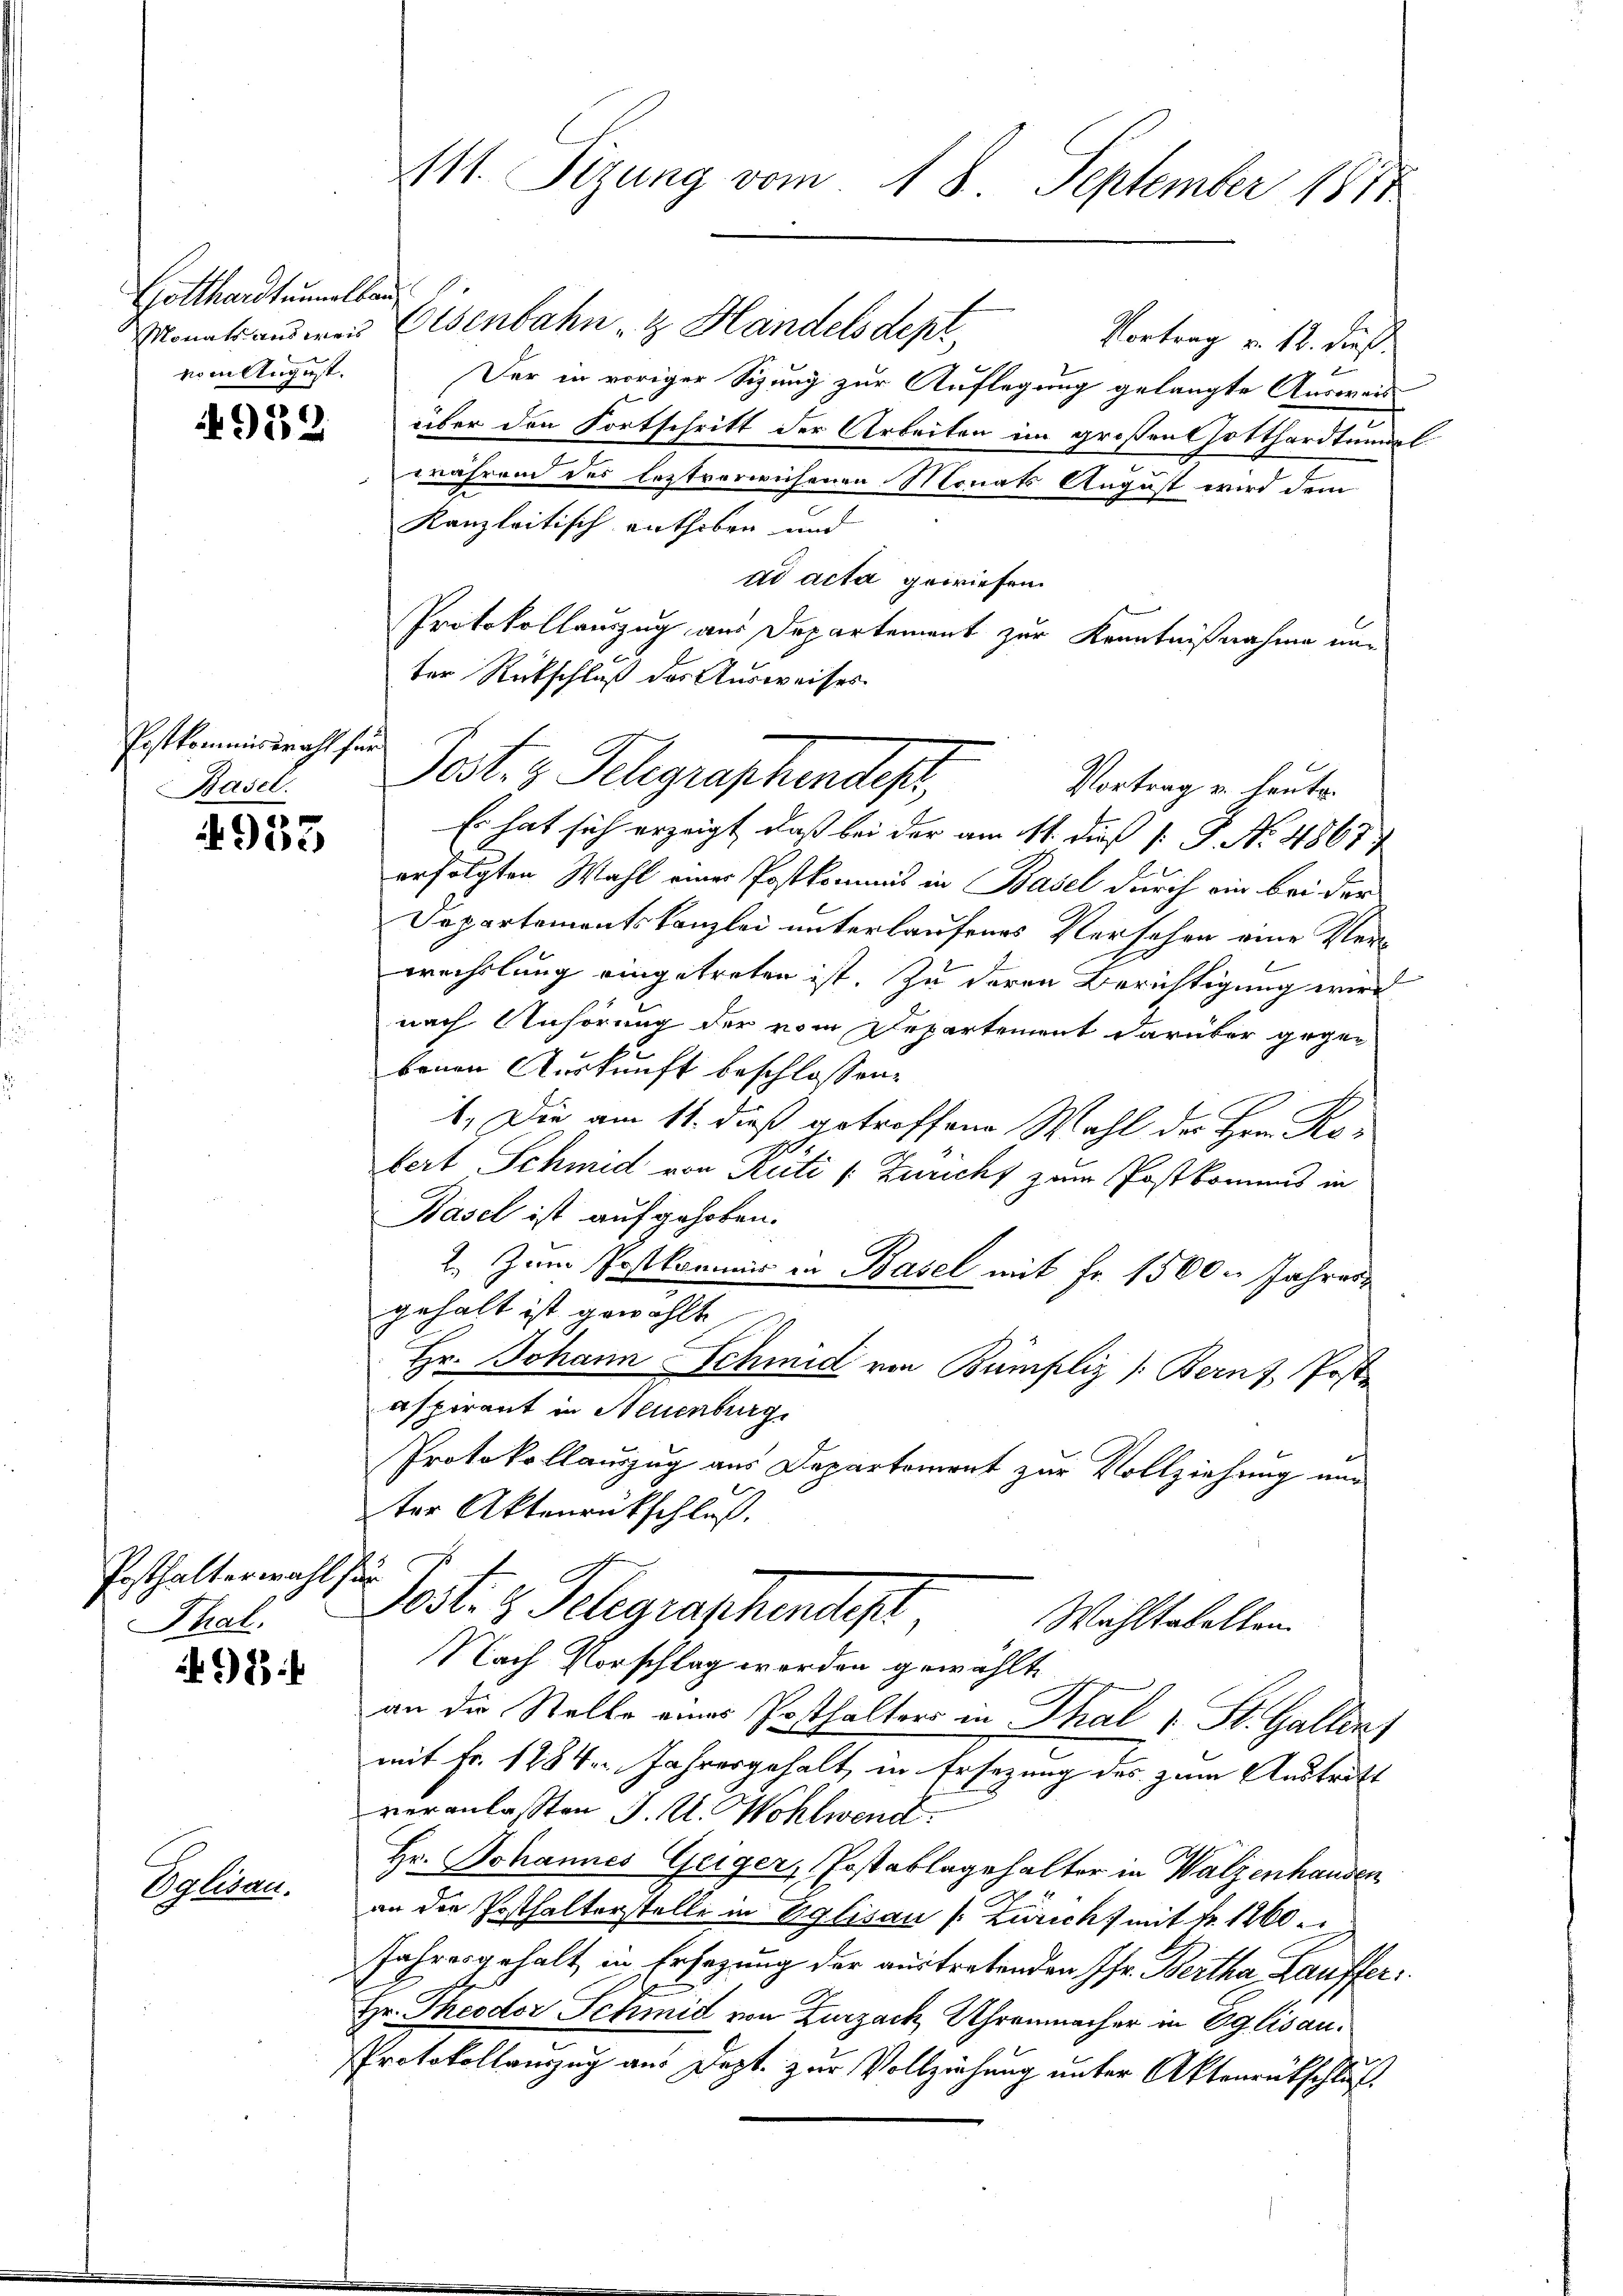
Gotthardtunnolbau
vom August.

952

Postkommissracht für
Basel.

4933

Posthalterwahl sei
That.

98:

Volidan

111. Sizung vom 18. September 1817

Monats ausweis Eisenbahn & Handelsdept
Vortrag v. 18. dieß
Der in voriger Sitzung zur Auflegung gelangte Anderen
über den Fortschritt der Arbeiten im großen Gotthardtundet
während des leztverwichenen Monats August wird dem
Kanzleitisch enthoben und
ad acta gewiesen.
Protokollauszug aus Departement zur Kenntnißnahme unter Rückschluß des Ausweiser.
Es hat sich erzeigt, daß bei der am 11. dieß [: P. Nr. 4867
erfolgten Wahl einer Postkommis in Basel durch ein bei der
Departementskanzlei unterlaufenes Versehen eine Verwechslung eingetreten ist. Zu deren Berichtigung wird
nach Anhörung der vom Departement darüber gegebenen Auskunft beschlossen:
1. Die am 11. dieß getroffene Wahl der Hrn. Kobert Schmid von Rüti /: Zuricht zum Postkomens in
Basel ist aufgehoben.
2. Zum Postkommis in Basel mit Fr. 1500. Jahres
gehalt ist gewählt
Hr. Johann Schmid von Bumpliz /: Bern z, Post
aspirant in Neuenburg
Protokollauszug aus Departement zur Vollziehung nur
ter Aktenrückschluß.
f
dosl. z. Telegraphendest
Wahltabellen
Nach Vorschlag worden gewählt,
an die Stelle eines Posthalters in Thal 1 St. Gallin
mit Fr. 1284. Jahresgehalt, in Ersezung des zum Austritt
veranlassten J. A. Wohlwend
Hr. Johannes Geiger, Postablagehalter in Walzenhausen
an die Posthalterstelle in Eglisau (: Zürich) mit Fr. 1260
fahrer gehalt in Ersagung der austretenden Pfr. Bertha Lauffer
Hr. Theodor Schmid von Zurzach Uhrenmacher in Eglisau.
Protokollanzug aus Dept. zur Vollziehung unter Aktenrütschluß

Pest. z. Schgraphendes,
Vortrag u. heute.